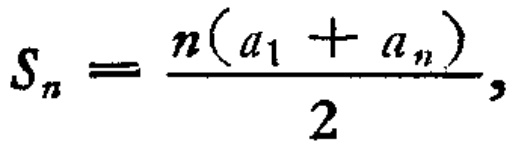
\[S_{n}=\frac{n(a_{1} + a_{n})}{2},\]